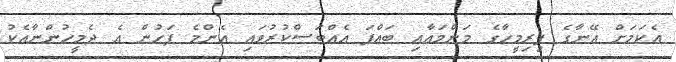
އެކަމަށް އޭނާގެ ފިރިމީހާގެ މަންމައާއި ބައްޕަ އެއްބަސްކުރުވައި އެންމެ ފަހުން އެ ދެމީހުންނާއެކު